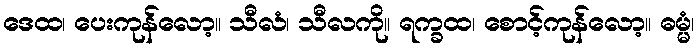
ဒေထ၊ ပေးကုန်လော့။ သီလံ၊ သီလကို။ ရက္ခထ၊ စောင့်ကုန်လော့။ ဓမ္မံ၊